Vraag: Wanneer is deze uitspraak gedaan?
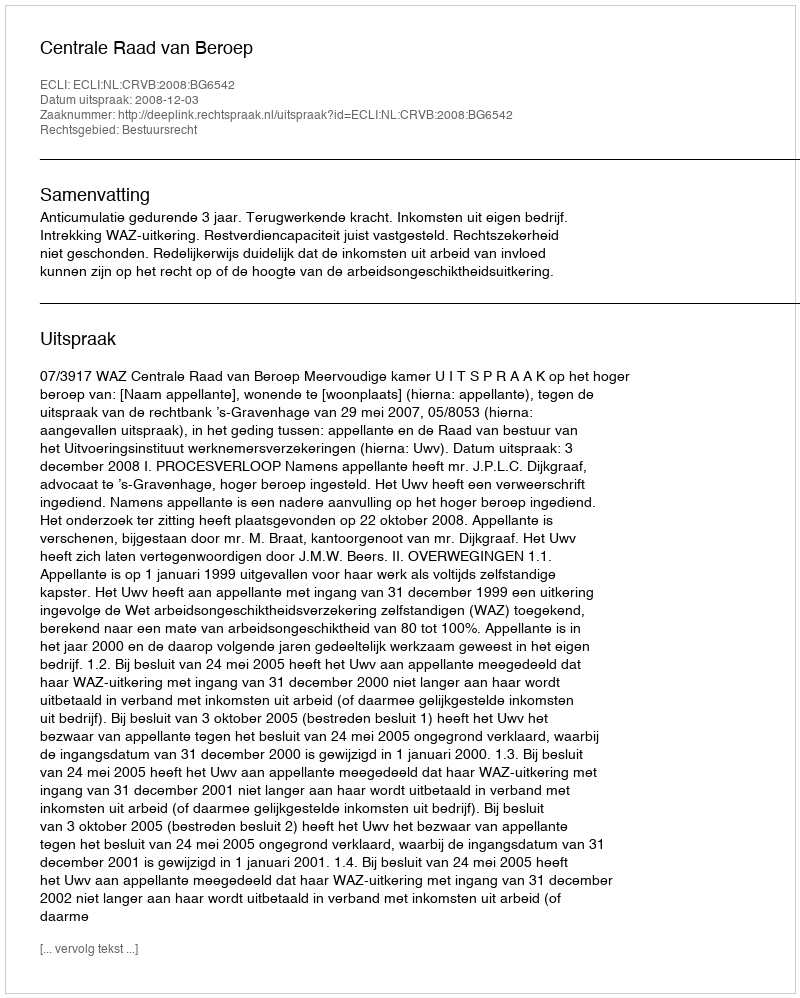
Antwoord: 2008-12-03